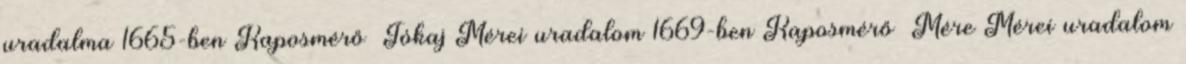
uradalma 1665-ben Kaposmérő Tókaj Mérei uradalom 1669-ben Kaposmérő Mére Mérei uradalom